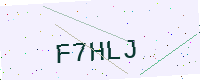
Text: F7HLJ